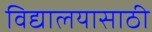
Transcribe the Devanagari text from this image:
विद्यालयासाठी